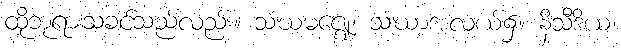
ထိုဘုရားသခင်သည်လည်း။ သံဃမဇ္ဈေ၊ သံဃာ့အလယ်၌။ နိသီဒိယ၊